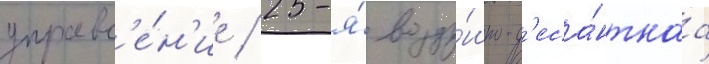
управл'е́н'ие / 25-я́ возду́шно-д'еса́нтнаа